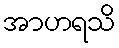
အာဟရသိ